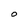
Character: O